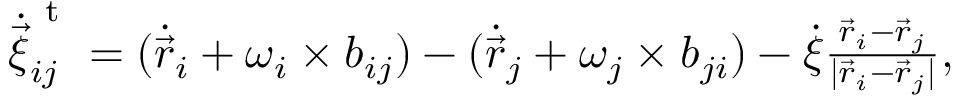
\begin{array} { r } { \dot { \vec { \xi } } _ { i j } ^ { \mathrm { ~ t ~ } } = ( \dot { \vec { r } } _ { i } + \boldsymbol { \omega } _ { i } \times \boldsymbol { b } _ { i j } ) - ( \dot { \vec { r } } _ { j } + \boldsymbol { \omega } _ { j } \times \boldsymbol { b } _ { j i } ) - \dot { \xi } \frac { \vec { r } _ { i } - \vec { r } _ { j } } { | \vec { r } _ { i } - \vec { r } _ { j } | } , } \end{array}